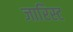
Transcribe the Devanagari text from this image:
जारिस्ट